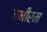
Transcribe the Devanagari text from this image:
गभीरम